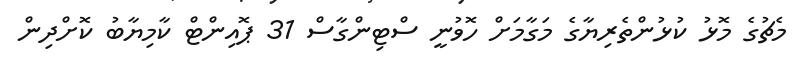
މެޗުގެ މޮޅު ކުޅުންތެރިޔާގެ މަގާމަށް ހޮވުނީ ސްޓިންގާސް 31 ޕޮއިންޓް ކާމިޔާބު ކޮށްދިން